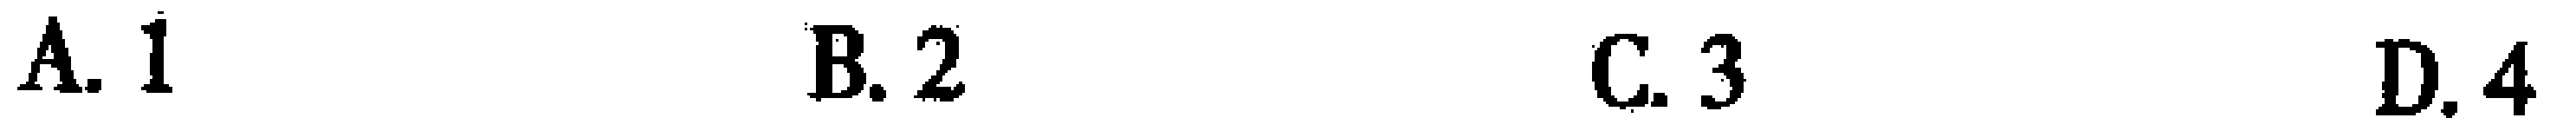
A. 1  B. 2  C. 3  D. 4